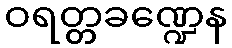
ဝရတ္တခဏ္ဍေန